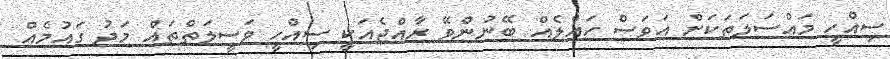
ސިއްހީ މައްސަލަަތަކަށް އަވަސް ހައްލެއް ބޭނުންވޭ ރާއްޖެއަކީ ސިއްހީ ވަސީލަތްތައް މަދު ގައުމެއް